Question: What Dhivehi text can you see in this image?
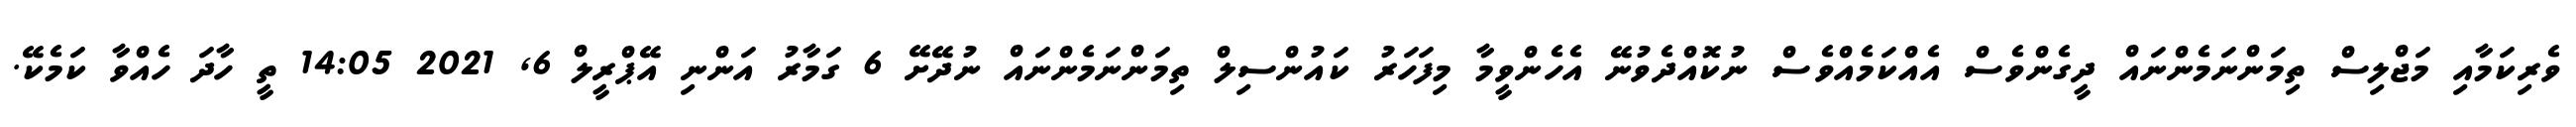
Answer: ވެރިކަމާއި މަޖްލިސް ތިމަންނަމެންނައް ދީގެންވެސް އެއްކަމެއްވެސް ނުކޮއްދެވުނޭ އެހެންވީމާ މިފަހަރު ކައުންސިލް ތިމަންނަމެންނައް ނުދޭށޭ 6 ގަމާރު އަންނި އޭޕްރީލް 6, 2021 14:05 ތީ ހާދަ ހެއްވާ ކަމެކޭ.